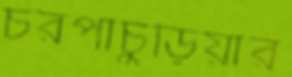
চরপাচুড়িয়ার